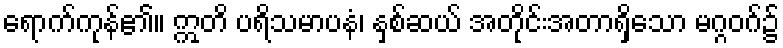
ရောက်ကုန်၏။ ဣတိ ပရိသမာပနံ၊ နှစ်ဆယ် အတိုင်းအတာရှိသော မဂ္ဂဝဂ်၌